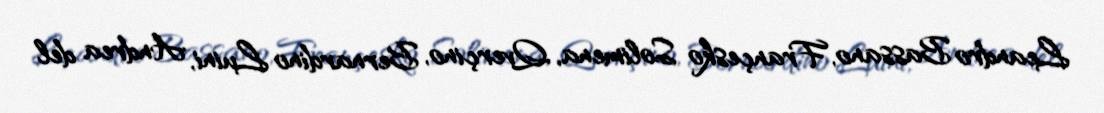
Leandro Bassano, Françesko Solimena, Qverçino, Bernardino Luini, Andrea del